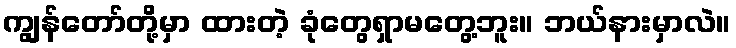
ကျွန်တော်တို့မှာ ထားတဲ့ ခုံတွေရှာမတွေ့ဘူး။ ဘယ်နားမှာလဲ။